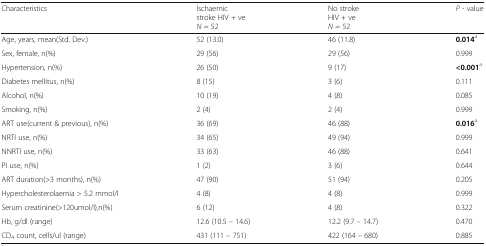
| Characteristics | Ischaemicstroke HIV + veN = 52 | No strokeHIV + veN = 52 | P - value |
 | --- | --- | --- | --- |
 | Age, years, mean(Std. Dev.) | 52 (13.0) | 46 (11.8) | 0.014a |
 | Sex, female, n(%) | 29 (56) | 29 (56) | 0.999 |
 | Hypertension, n(%) | 26 (50) | 9 (17) | <0.001a |
 | Diabetes mellitus, n(%) | 8 (15) | 3 (6) | 0.111 |
 | Alcohol, n(%) | 10 (19) | 4 (8) | 0.085 |
 | Smoking, n(%) | 2 (4) | 2 (4) | 0.999 |
 | ART use(current & previous), n(%) | 36 (69) | 46 (88) | 0.016a |
 | NRTI use, n(%) | 34 (65) | 49 (94) | 0.999 |
 | NNRTI use, n(%) | 33 (63) | 46 (88) | 0.641 |
 | PI use, n(%) | 1 (2) | 3 (6) | 0.644 |
 | ART duration(>3 months), n(%) | 47 (90) | 51 (94) | 0.205 |
 | Hypercholesterolaemia > 5.2 mmol/l | 4 (8) | 4 (8) | 0.999 |
 | Serum creatinine(>120umol/l),n(%) | 6 (12) | 4 (8) | 0.322 |
 | Hb, g/dl (range) | 12.6 (10.5 – 14.6) | 12.2 (9.7 – 14.7) | 0.470 |
 | CD4 count, cells/ul (range) | 431 (111 – 751) | 422 (164 – 680) | 0.885 |